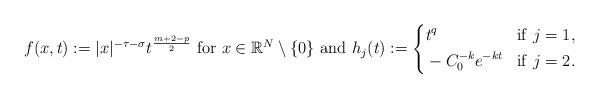
LaTeX: \begin{align*} f(x,t):=|x|^{-\tau-\sigma} t^{\frac{m+2-p}{2}} \ \mathrm{for } \ x\in \mathbb R^N\setminus\{0\}\ \mathrm{and}\ h_j(t):=\left\{ \begin{aligned}& t^q &&\mathrm{if}\ j=1,&\\& -C_0^{-k} e^{-kt} && \mathrm{if}\ j=2.& \end{aligned} \right.\end{align*}